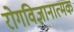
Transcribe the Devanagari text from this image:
रोगविज्ञानात्मक